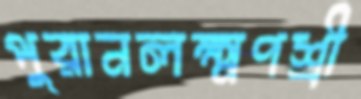
পুরানলক্ষ্মণশ্রী